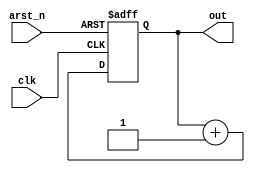

module counter(clk, out, arst_n);

input clk;
input arst_n;

output reg [6:0] out;

always @(posedge clk or negedge arst_n)
begin
	if(!arst_n) out = 0;
	else out = out + 1;
end

endmodule